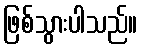
ဖြစ်သွားပါသည်။